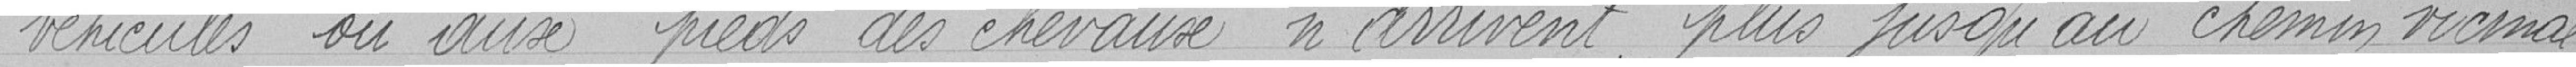
véhicules ou au pieds des chevaux n'arrivent plus jusqu'au chemin vicinal.